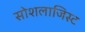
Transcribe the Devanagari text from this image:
सोशलाजिस्ट